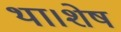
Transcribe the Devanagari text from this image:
था।शेष